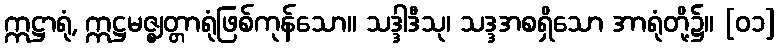
ဣဋ္ဌာရုံ, ဣဋ္ဌမဇ္ဈတ္တာရုံဖြစ်ကုန်သော။ သဒ္ဒါဒီသု၊ သဒ္ဒအစရှိသော အာရုံတို့၌။ [၀၁]